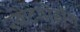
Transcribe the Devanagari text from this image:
स्केटबोर्डींग